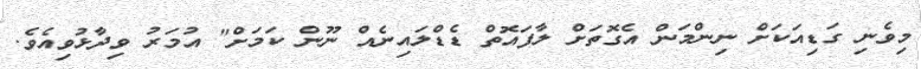
މިވެނި ގަޑިއަކަށް ނިންމަން އެގޮތަށް ލާފައޮތް ޑެޑްލައިނެއް ނޫން ކަމަށް" އުމަރު ވިދާޅުވިއެވެ.